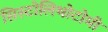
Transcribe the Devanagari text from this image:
सिस्टोलिथोटोमी